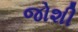
જોશી